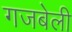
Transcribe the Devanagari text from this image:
गजबेली